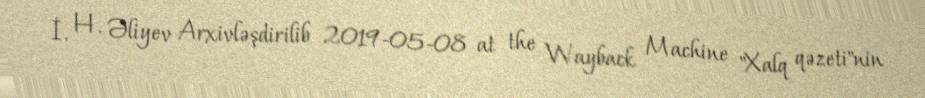
İ. H. Əliyev Arxivləşdirilib 2019-05-08 at the Wayback Machine "Xalq qəzeti"nin